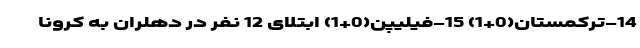
14-ترکمستان(0+1) 15-فیلیپن(0+1) ابتلای 12 نفر در دهلران به کرونا